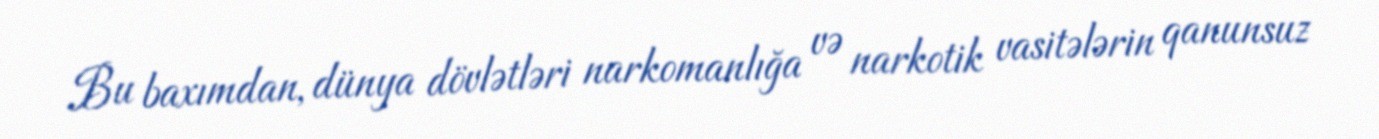
Bu baxımdan, dünya dövlətləri narkomanlığa və narkotik vasitələrin qanunsuz